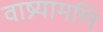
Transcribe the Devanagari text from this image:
वाष्र्यामणि